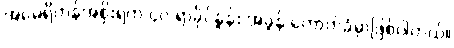
အမေရိကန်အစိုးရက ၄၀ ရာခိုင်နှုန်း အခွန် ကောက်ခံမှာဖြစ်ပါတယ်။